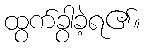
ထွက်ခွာခဲ့ရ၏။